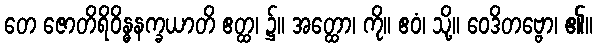
တေ ဇောတိရိဝိန္ဓနက္ခယာတိ ဧတ္ထ၊ ၌။ အတ္ထော၊ ကို။ ဧဝံ၊ သို့။ ဝေဒိတဗ္ဗော၊ ၏။